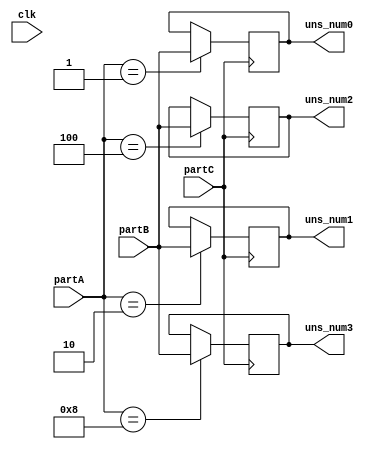
`timescale 1ns / 1ps
//////////////////////////////////////////////////////////////////////////////////
// Company: 
// Engineer: 
// 
// Design Name: 
// Module Name:    input_part 
// Project Name: 
// Target Devices: 
// Tool versions: 
// Description: 
//
// Dependencies: 
//
// Revision: 
// Revision 0.01 - File Created
// Additional Comments: 
//
//////////////////////////////////////////////////////////////////////////////////
module input_part(input clk,
	input [3:0] partA,
	input [3:0] partB,
	input partC,
	output reg [3:0] uns_num0, 
	output reg [3:0] uns_num1,
	output reg [3:0] uns_num2,	 
	output reg [3:0] uns_num3
	);
	
always@(posedge partC)
begin
	case(partA)
		4'b0001:  uns_num0 = partB;
		4'b0010:  uns_num1 = partB;
		4'b0100:  uns_num2 = partB;
		4'b1000:  uns_num3 = partB;
	endcase
end

endmodule